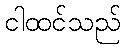
ငါထင်သည်